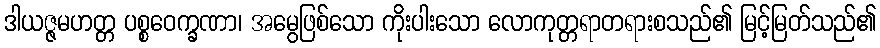
ဒါယဇ္ဇမဟတ္တ ပစ္စဝေက္ခဏာ၊ အမွေဖြစ်သော ကိုးပါးသော လောကုတ္တရာတရားစသည်၏ မြင့်မြတ်သည်၏